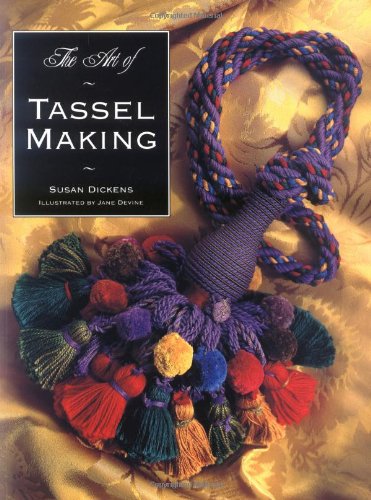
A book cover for The Art of Tassel Making; Susan Dickens; Crafts, Hobbies & Home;